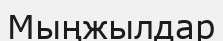
Мыңжылдар